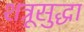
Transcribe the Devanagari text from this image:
शत्रूसुद्धा